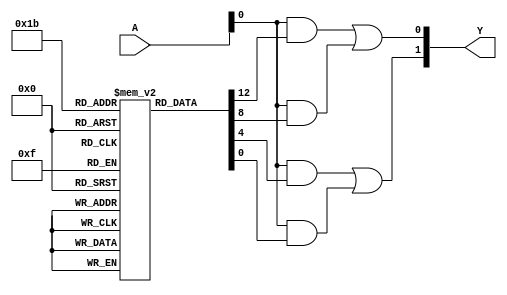
module fused_pal (
    input wire [N-1:0] A,       // Inputs (N inputs)
    output wire [M-1:0] Y       // Outputs (M outputs)
);

parameter N = 4;               // Number of inputs
parameter M = 2;               // Number of outputs
parameter P = 4;               // Number of product terms

// AND array: P product terms
wire [P-1:0] product_terms [0:N-1];

generate
    genvar i, j;
    for (i = 0; i < P; i = i + 1) begin : and_array
        for (j = 0; j < N; j = j + 1) begin : inputs
            // Example logic to generate product terms
            // This would typically be modified based on fusing configuration
            assign product_terms[i][j] = (A[j] & fuse_config[i][j]);
        end
    end
endgenerate

// OR array: Output generation combining selected product terms
wire [M-1:0] Sum_Products;

generate
    for (i = 0; i < M; i = i + 1) begin : or_array
      assign Y[i] = (product_terms[i * 2] | product_terms[i * 2 + 1]);  // Example mapping
    end
endgenerate

// Fusing configuration (Example)
// In a real implementation, this would be set by a fusing process
reg [N-1:0] fuse_config [0:P-1];
// Initialize fuse_config for demonstration
initial begin
    fuse_config[0] = 4'b1111; // All inputs for product term 0
    fuse_config[1] = 4'b1100; // Inputs for product term 1
    fuse_config[2] = 4'b0110; // Inputs for product term 2
    fuse_config[3] = 4'b0001; // Inputs for product term 3
end

endmodule